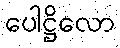
ပေါဋ္ဌိလော